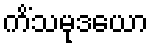
ကိံသမုဒယော